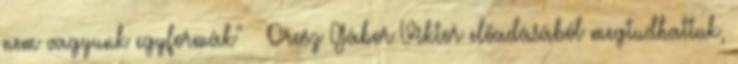
nem vagyunk egyformák" – Orosz Gábor Viktor előadásából megtudhattuk,